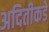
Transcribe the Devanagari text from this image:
अदितीकडे